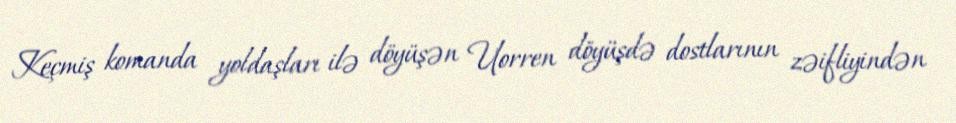
Keçmiş komanda yoldaşları ilə döyüşən Uorren döyüşdə dostlarının zəifliyindən